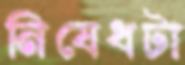
নিষেধটা